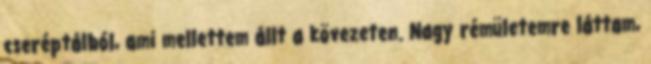
cseréptálból, ami mellettem állt a kövezeten. Nagy rémületemre láttam,